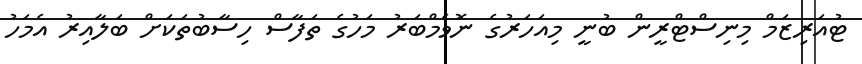
ޓުއަރިޒަމް މިނިސްޓްރީން ބުނީ މިއަހަރުގެ ނޮވެމްބަރު މަހުގެ ތަފާސް ހިސާބުތަކަށް ބަލާއިރު އެމަހު